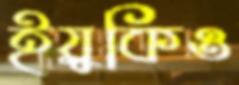
ইয়ুকিও